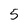
Character: 5